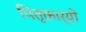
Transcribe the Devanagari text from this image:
पितृकार्यों